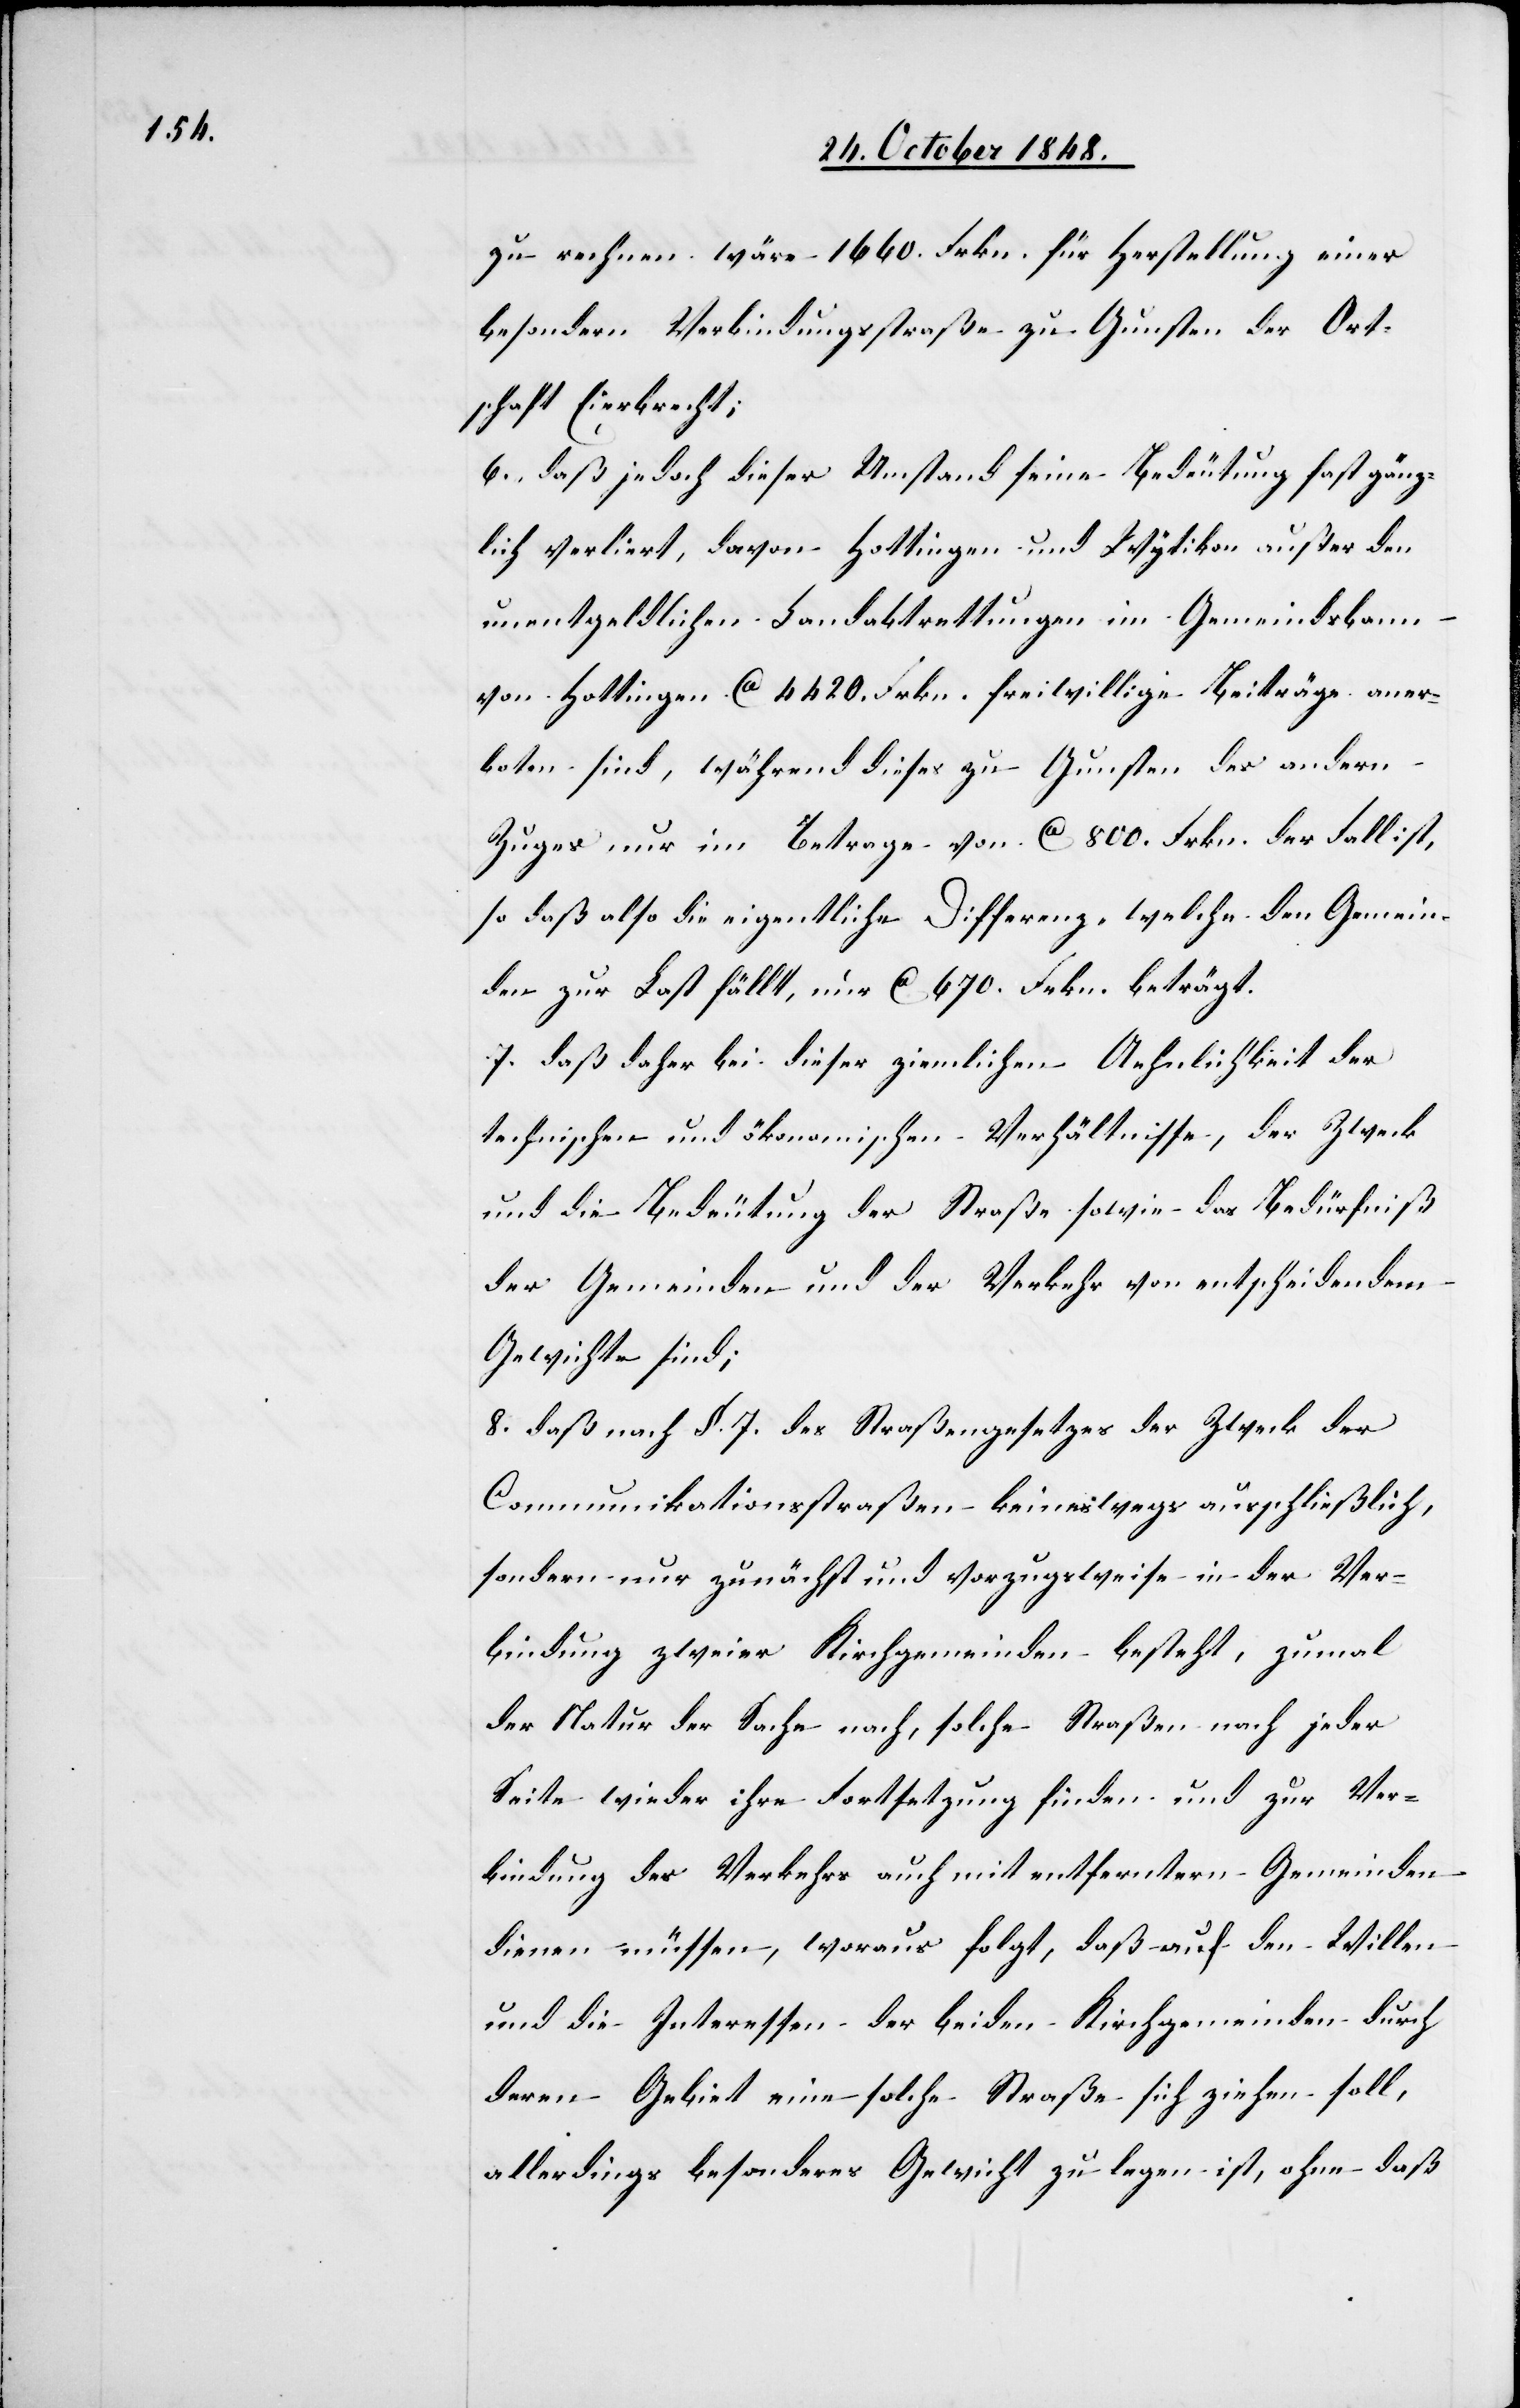
zu rechnen wäre 1660. Frkn. für Herstellung einer
besondern Verbindungsstraße zu Gunsten der Ort¬
schaft Eierbrecht;
6. daß jedoch dieser Umstand seine Bedeutung fast gänz¬
lich verliert, davon Hottingen und Wydikon außer den
unentgeldlichen Landabrettungen im Gemeindsbann
von Hottingen ca. 4420. Frkn. freiwillige Beiträge aner¬
boten sind, während dieses zu Gunsten des andern
Zuges nur im Betrage von ca. 800. Frkn. der Fall ist,
so daß also die eigentliche Differenz, welche den Gemein¬
den zur Last fällt, nur ca. 670. Frkn. beträgt.
7. daß daher bei dieser ziemlichen Aehnlichkeit der
technischen und ökonomischen Verhältnisse, der Zweck
und die Bedeutung der Straße sowie das Bedürfniß
der Gemeinden und der Verkehr von entscheidendem
Gewichte sind;
8. daß nach §. 7. des Straßengesetzes der Zweck der
Communikationsstraßen keineswegs ausschließlich,
sondern nur zunächst und vorzugsweise in der Ver¬
bindung zweier Kirchgemeinden besteht, zumal
der Natur der Sache nach, solche Straßen nach jeder
Seite wieder ihre Fortsetzung finden und zur Ver¬
bindung des Verkehrs auch mit entferntern Gemeinden
dienen müssen, woraus folgt, daß auf den Willen
und die Interessen der beiden Kirchgemeinden durch
deren Gebiet eine solche Straße sich ziehen soll,
allerdings besonderes Gewicht zu legen ist, ohne daß